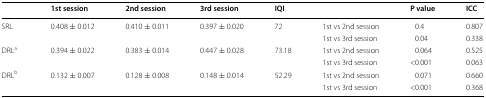
<table><thead><tr><td></td><td><b>1st session</b></td><td><b>2nd session</b></td><td><b>3rd session</b></td><td><b>IQI</b></td><td></td><td><b>P value</b></td><td><b>ICC</b></td></tr></thead><tbody><tr><td>SRL</td><td>0.408 ± 0.012</td><td>0.410 ± 0.011</td><td>0.397 ± 0.020</td><td>72</td><td>1st vs 2nd session</td><td>0.4</td><td>0.807</td></tr><tr><td></td><td></td><td></td><td></td><td></td><td>1st vs 3rd session</td><td>0.04</td><td>0.338</td></tr><tr><td>DRL<sup>a</sup></td><td>0.394 ± 0.022</td><td>0.383 ± 0.014</td><td>0.447 ± 0.028</td><td>73.18</td><td>1st vs 2nd session</td><td>0.064</td><td>0.525</td></tr><tr><td></td><td></td><td></td><td></td><td></td><td>1st vs 3rd session</td><td>&lt;0.001</td><td>0.063</td></tr><tr><td>DRL<sup>b</sup></td><td>0.132 ± 0.007</td><td>0.128 ± 0.008</td><td>0.148 ± 0.014</td><td>52.29</td><td>1st vs 2nd session</td><td>0.071</td><td>0.660</td></tr><tr><td></td><td></td><td></td><td></td><td></td><td>1st vs 3rd session</td><td>&lt;0.001</td><td>0.368</td></tr></tbody></table>